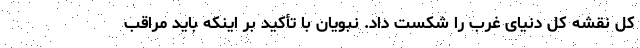
کل نقشه کل دنیای غرب را شکست داد. نبویان با تأکید بر اینکه باید مراقب